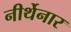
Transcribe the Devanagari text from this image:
नीर्थेनार